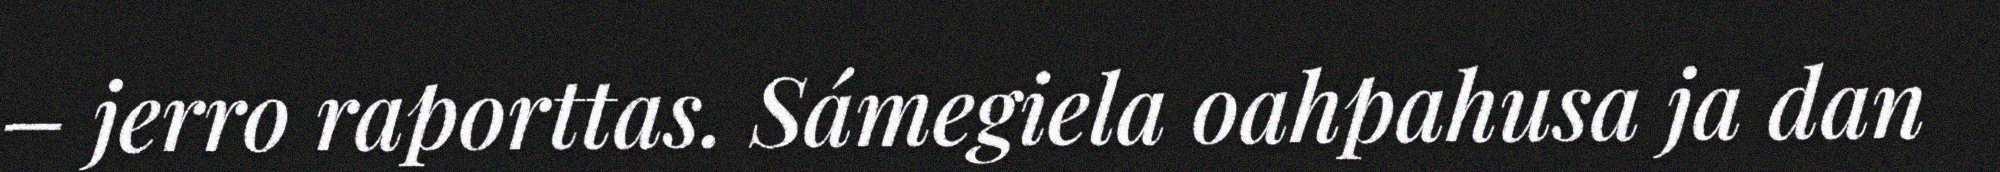
– jerro raporttas. Sámegiela oahpahusa ja dan